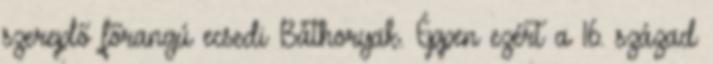
szereplő főrangú ecsedi Báthoryak. Éppen ezért a 16. század